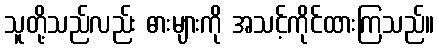
သူတို့သည်လည်း ဓားများကို အသင့်ကိုင်ထားကြသည်။